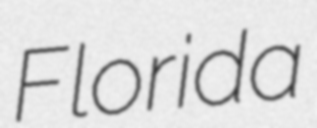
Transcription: Florida